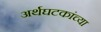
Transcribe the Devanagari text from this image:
अर्थघटकांच्या